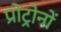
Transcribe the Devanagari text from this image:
प्रोट्रोनों